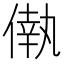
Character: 𠌷